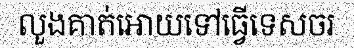
លួងគាត់អោយទៅធ្វើទេសចរ